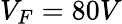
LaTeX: V_{F}=80V